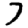
Digit: 7